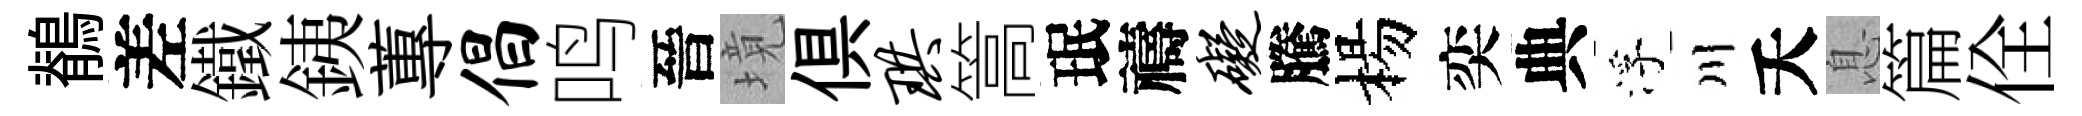
鶺差鐵銕蓴倡鸣晉境俱珙篙珉禱碍騰楊奕典浮川夭息篇佺